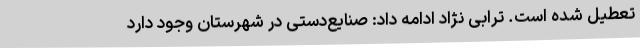
تعطیل شده است. ترابی نژاد ادامه داد: صنایع‌دستی در شهرستان وجود دارد